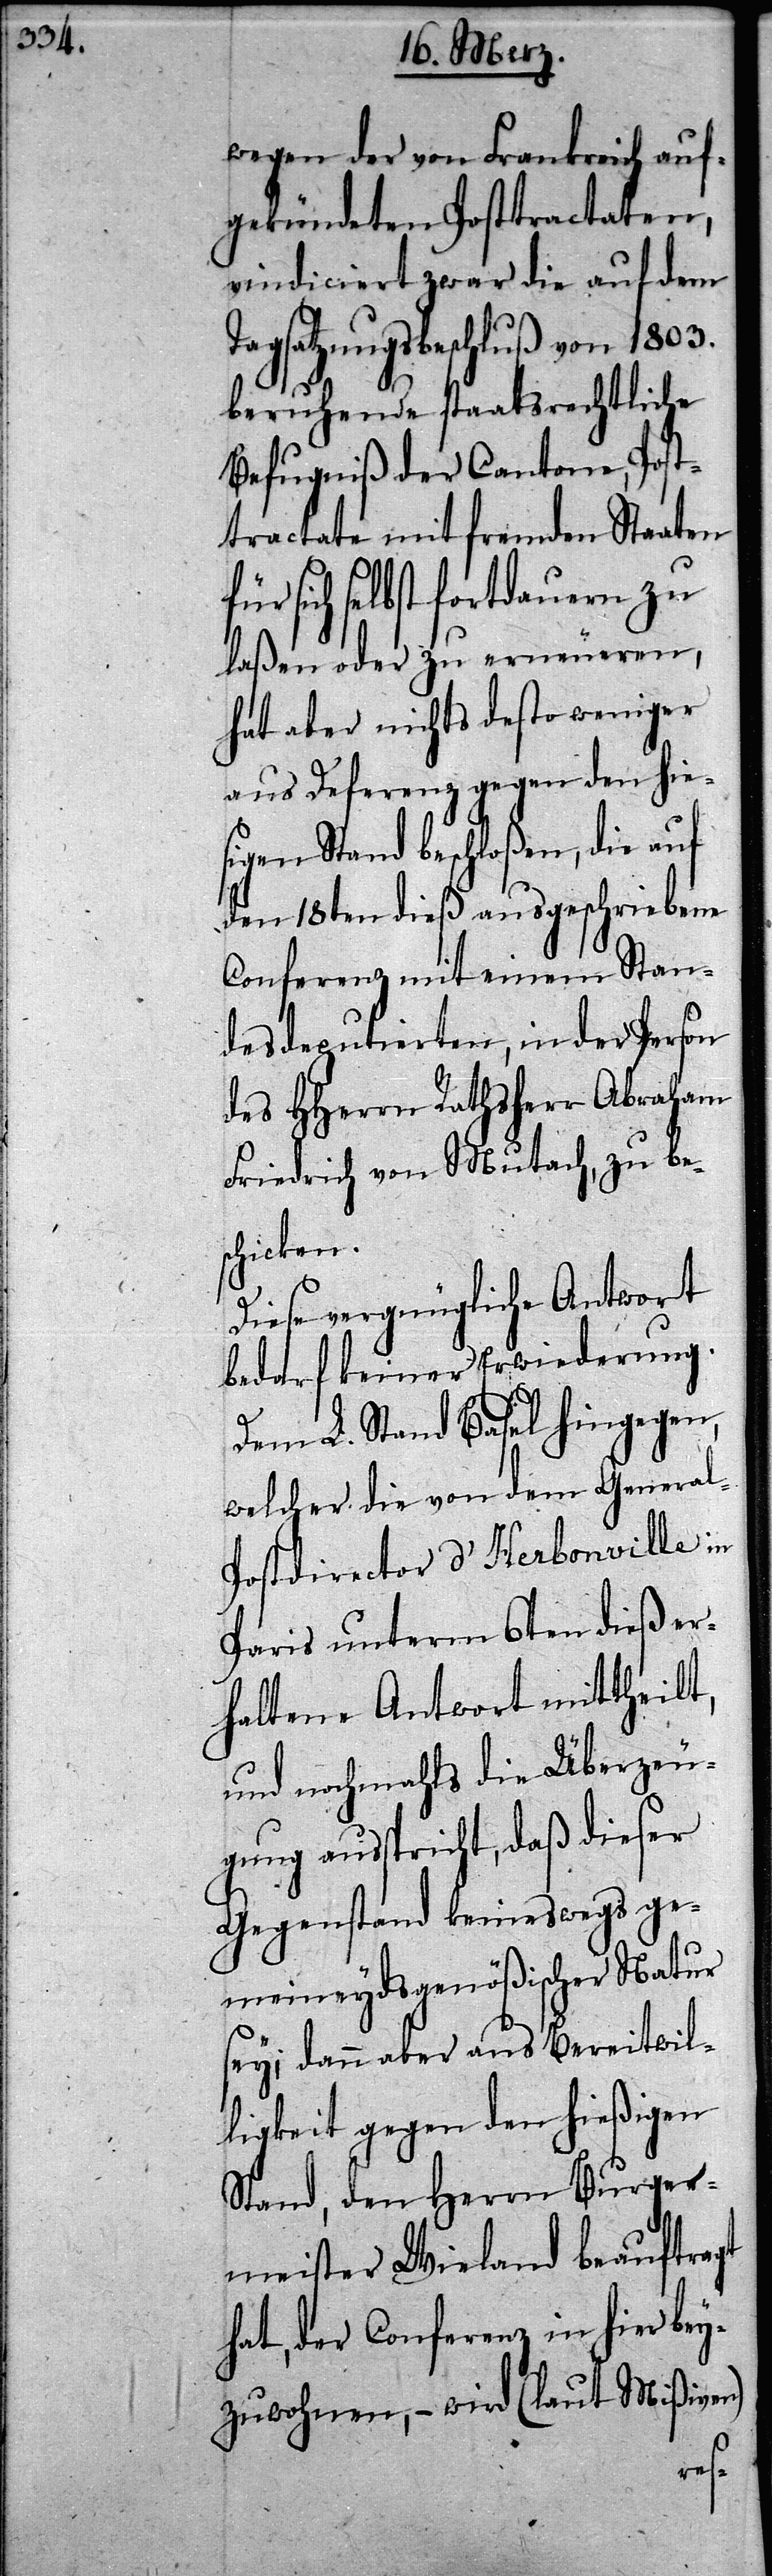
wegen der von Frankreich auf¬
gekündeten Posttractaten,
vindiciert zwar die auf dem
Tagsatzungsbeschluß von 1803.
beruhende staatsrechtliche
Befugniß der Cantone, Post¬
tractate mit fremden Staaten
sich selbst fortdauern zu
laßen oder zu erneueren,
hat aber nichts desto weniger
aus Defernez gegen den hie¬
en Stand beschloßen, die auf
den 18ten dieß ausgeschriebene
Conferenz mit einem Stan¬
desdeputierten, in der Person
des HHerrn Rathsherr Abraham
Friedrich von Mutach, zu be¬
schicken.
Diese vergnügliche Antwort
bedarf keiner Erwiederung.
Dem L. Stand Basel hingegen,
welcher die von dem Genera¬
ostdirector d’Herbonville in
Paris unterm 6ten dieß er¬
haltene Antwort mittheilt,
und nochmahls die Überzeu¬
gung ausspricht, daß dieser
Gegenstand keineswegs ge¬
meineydsgnößischer Natur
sey; dann aber aus Bereitwil¬
ligkeit gegen den hießigen
Stand, den Herrn Burger¬
meister Wieland beauftragt
hat, der Conferenz in hier bey¬
zuwohnen, – wird (laut Mißiven)
l-P¬